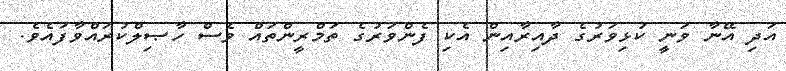
އަދި އޭނާ ވަނީ ކުޅިވަރުގެ ދާއިރާއިން އެކި ފެންވަރުގެ ތަމްރީންތައް ވެސް ހާޞިލްކުރައްވާފައެވެ.